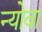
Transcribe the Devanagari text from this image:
न्योवा